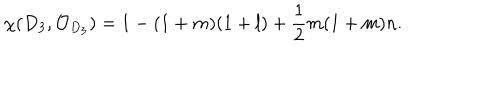
\chi ( D _ { 3 } , { \cal O } _ { D _ { 3 } } ) = 1 - ( 1 + m ) ( 1 + l ) + \frac { 1 } { 2 } m ( 1 + m ) n .